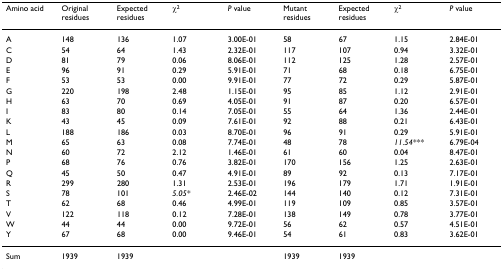
<table><thead><tr><td><b>Amino acid</b></td><td><b>Original residues</b></td><td><b>Expected residues</b></td><td><b>χ<sup>2</sup></b></td><td><b><i>P </i>value</b></td><td><b>Mutant residues</b></td><td><b>Expected residues</b></td><td><b>χ<sup>2</sup></b></td><td><b><i>P </i>value</b></td></tr></thead><tbody><tr><td>A</td><td>148</td><td>136</td><td>1.07</td><td>3.00E-01</td><td>58</td><td>67</td><td>1.15</td><td>2.84E-01</td></tr><tr><td>C</td><td>54</td><td>64</td><td>1.43</td><td>2.32E-01</td><td>117</td><td>107</td><td>0.94</td><td>3.32E-01</td></tr><tr><td>D</td><td>81</td><td>79</td><td>0.06</td><td>8.06E-01</td><td>112</td><td>125</td><td>1.28</td><td>2.57E-01</td></tr><tr><td>E</td><td>96</td><td>91</td><td>0.29</td><td>5.91E-01</td><td>71</td><td>68</td><td>0.18</td><td>6.75E-01</td></tr><tr><td>F</td><td>53</td><td>53</td><td>0.00</td><td>9.91E-01</td><td>77</td><td>72</td><td>0.29</td><td>5.87E-01</td></tr><tr><td>G</td><td>220</td><td>198</td><td>2.48</td><td>1.15E-01</td><td>95</td><td>85</td><td>1.12</td><td>2.91E-01</td></tr><tr><td>H</td><td>63</td><td>70</td><td>0.69</td><td>4.05E-01</td><td>91</td><td>87</td><td>0.20</td><td>6.57E-01</td></tr><tr><td>I</td><td>83</td><td>80</td><td>0.14</td><td>7.05E-01</td><td>55</td><td>64</td><td>1.36</td><td>2.44E-01</td></tr><tr><td>K</td><td>43</td><td>45</td><td>0.09</td><td>7.61E-01</td><td>92</td><td>88</td><td>0.21</td><td>6.43E-01</td></tr><tr><td>L</td><td>188</td><td>186</td><td>0.03</td><td>8.70E-01</td><td>96</td><td>91</td><td>0.29</td><td>5.91E-01</td></tr><tr><td>M</td><td>65</td><td>63</td><td>0.08</td><td>7.74E-01</td><td>48</td><td>78</td><td><i>11.54***</i></td><td>6.79E-04</td></tr><tr><td>N</td><td>60</td><td>72</td><td>2.12</td><td>1.46E-01</td><td>61</td><td>60</td><td>0.04</td><td>8.47E-01</td></tr><tr><td>P</td><td>68</td><td>76</td><td>0.76</td><td>3.82E-01</td><td>170</td><td>156</td><td>1.25</td><td>2.63E-01</td></tr><tr><td>Q</td><td>45</td><td>50</td><td>0.47</td><td>4.91E-01</td><td>89</td><td>92</td><td>0.13</td><td>7.17E-01</td></tr><tr><td>R</td><td>299</td><td>280</td><td>1.31</td><td>2.53E-01</td><td>196</td><td>179</td><td>1.71</td><td>1.91E-01</td></tr><tr><td>S</td><td>78</td><td>101</td><td><i>5.05*</i></td><td>2.46E-02</td><td>144</td><td>140</td><td>0.12</td><td>7.31E-01</td></tr><tr><td>T</td><td>62</td><td>68</td><td>0.46</td><td>4.99E-01</td><td>119</td><td>109</td><td>0.85</td><td>3.57E-01</td></tr><tr><td>V</td><td>122</td><td>118</td><td>0.12</td><td>7.28E-01</td><td>138</td><td>149</td><td>0.78</td><td>3.77E-01</td></tr><tr><td>W</td><td>44</td><td>44</td><td>0.00</td><td>9.72E-01</td><td>56</td><td>62</td><td>0.57</td><td>4.51E-01</td></tr><tr><td>Y</td><td>67</td><td>68</td><td>0.00</td><td>9.46E-01</td><td>54</td><td>61</td><td>0.83</td><td>3.62E-01</td></tr><tr><td>Sum</td><td>1939</td><td>1939</td><td></td><td></td><td>1939</td><td>1939</td><td></td><td></td></tr></tbody></table>